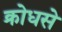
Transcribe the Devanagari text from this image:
क्रोधसे